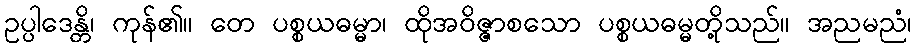
ဥပ္ပါဒေန္တိ၊ ကုန်၏။ တေ ပစ္စယဓမ္မာ၊ ထိုအဝိဇ္ဇာစသော ပစ္စယဓမ္မတို့သည်။ အညမညံ၊